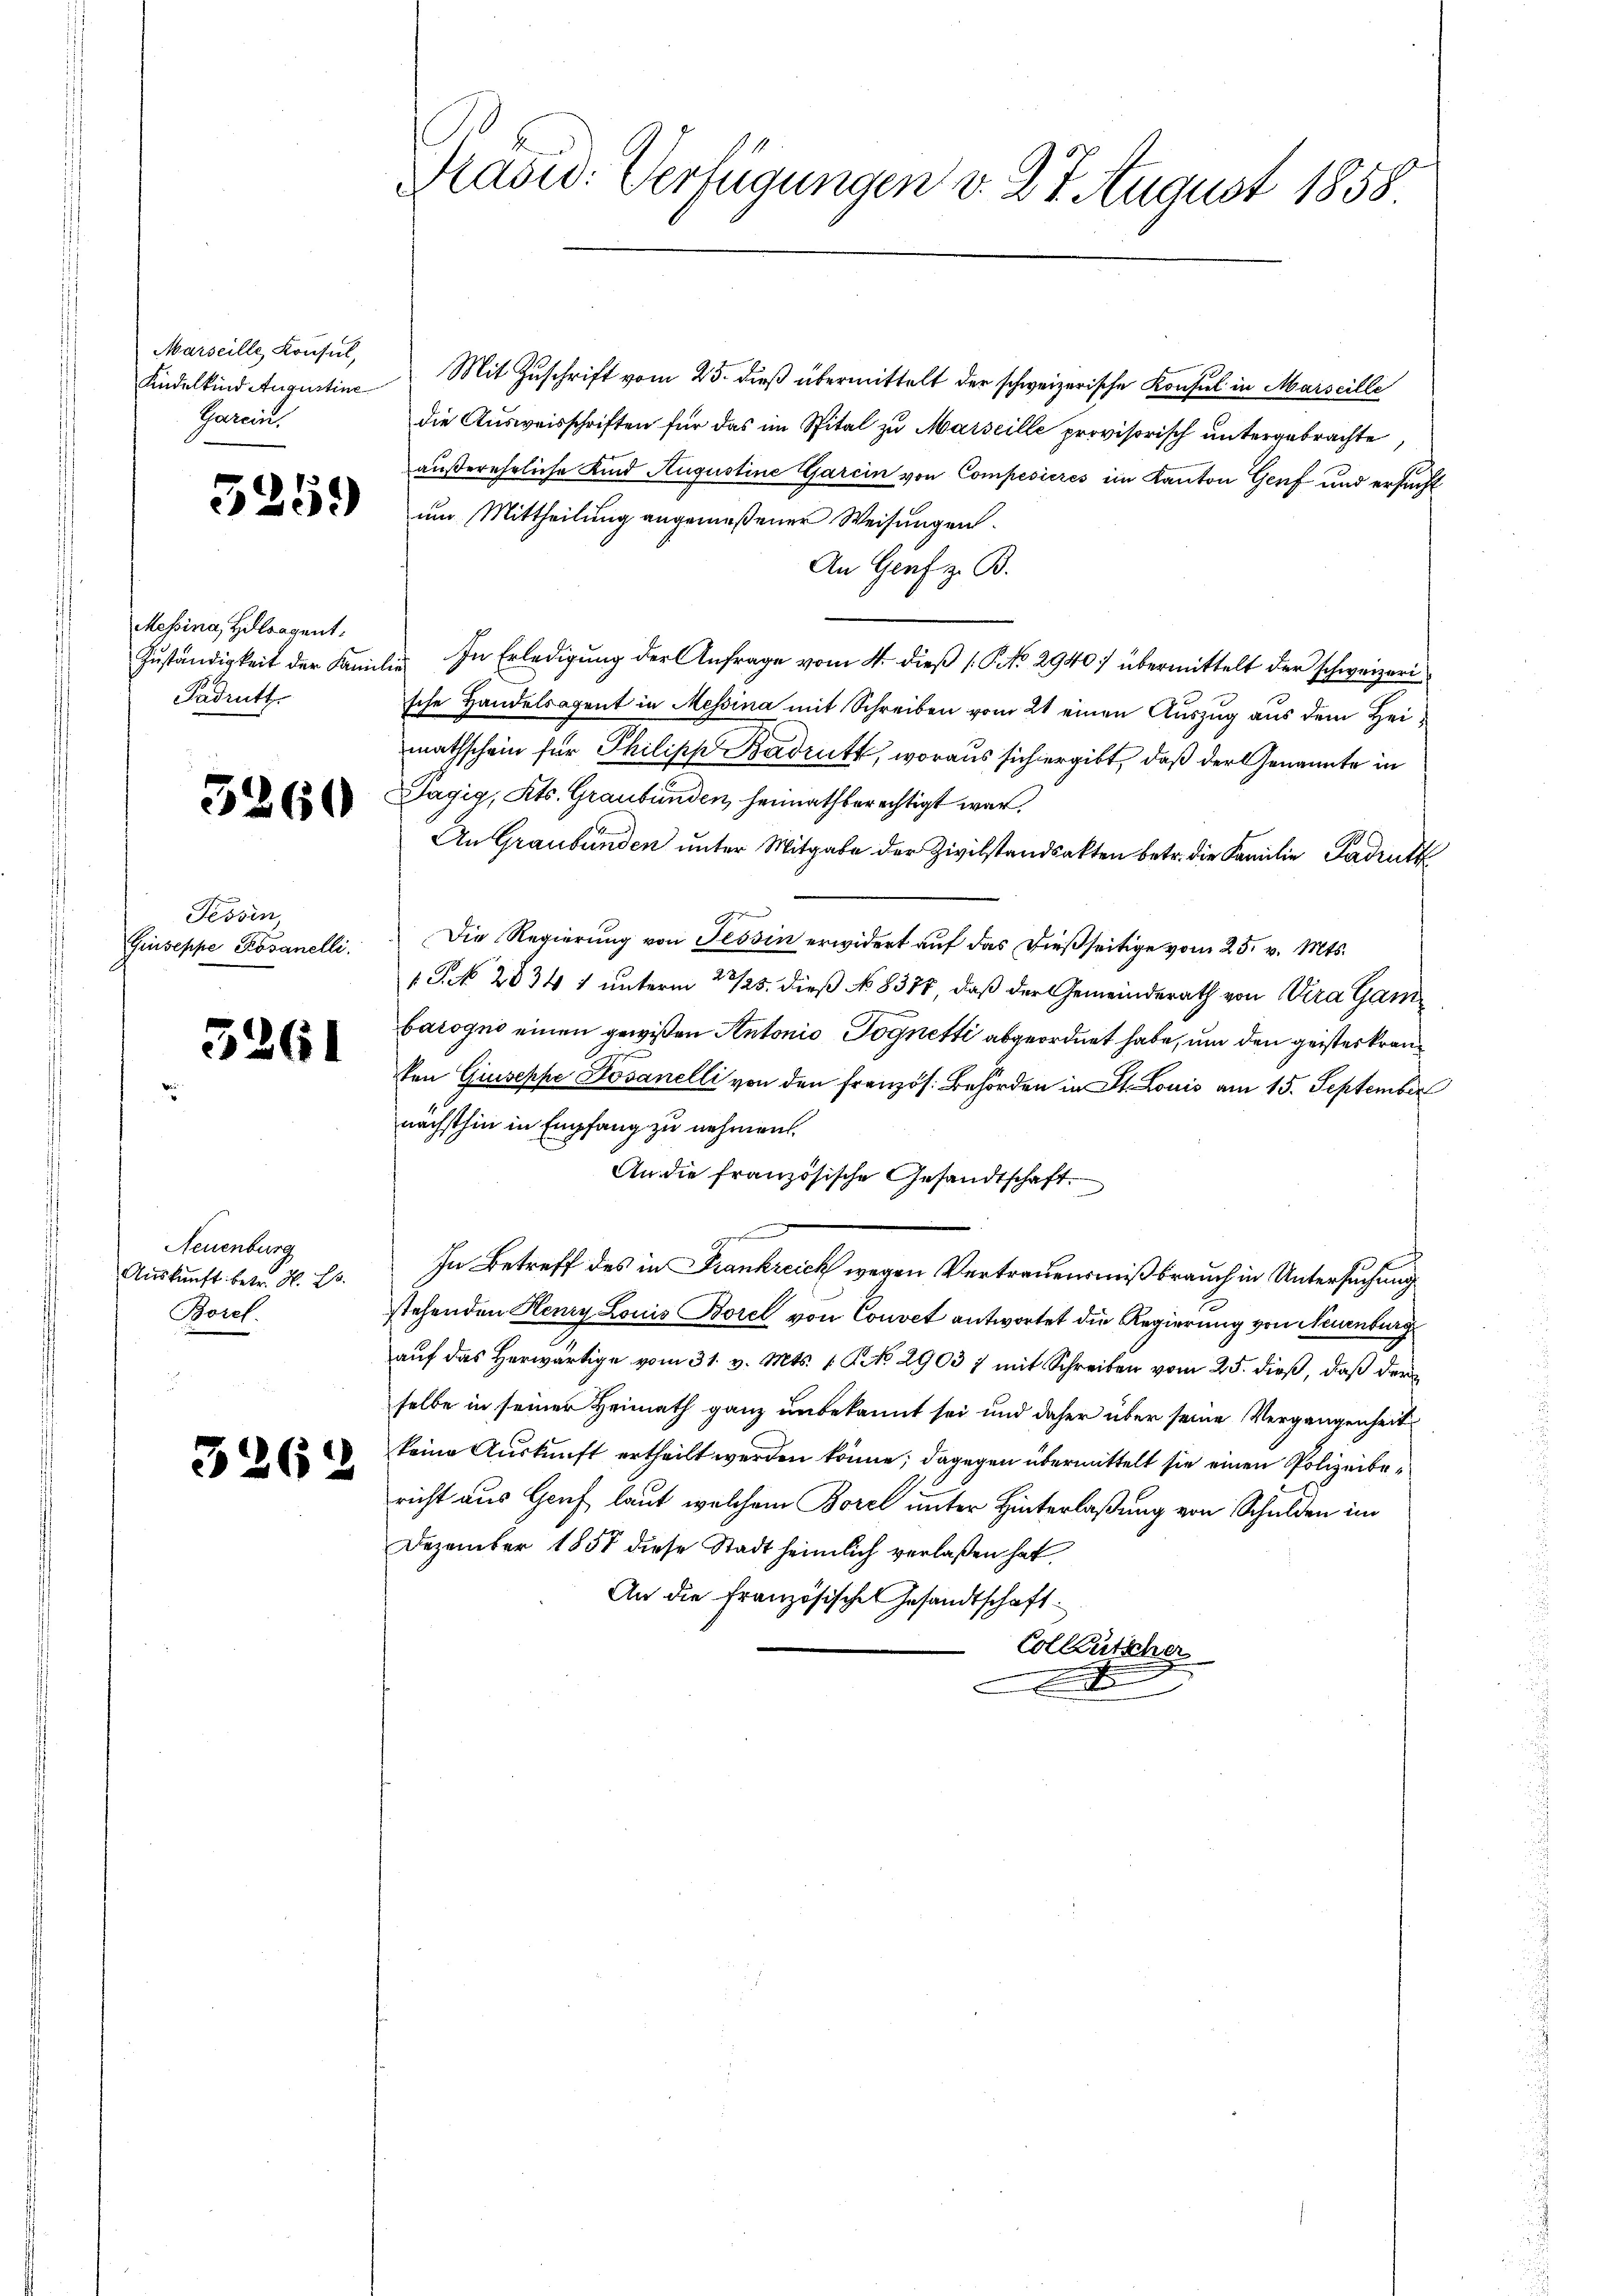
Marseille Konsul,
Kindelkind Augustine
Garein.

5259

Messina, Hollragent.
Fadrutt

5260

Tessin
Giuseppe Rosanelli

5261

Neuenburg
Auskunft betr. H. E.
Boref.

3262

Präsid. Verfügungen v. 27 August 1858

Mit Zuschrift vom 25. dieß übermittelt der schweizerische Konsul in Marseille
die Ausweisschriften für das im Spital zu Marseille provisorisch untergebrachte,
außerehrliche Kind Augustine Garein von Compesieres im Kanton Genf und ersucht
um Mittheilung angemeßener Weisungen.
An Genf z. B.
Zŭständigkeit der Familie. In Erledigŭng der Anfrage vom 4. dieβ (: P. No 2940 übermittelt der schweizeri-
sche Handelsagent in Messina mit Schreiben vom 21 einen Auszug aus dem Heimathschein für Philipp Badrutt, woraus sich ergibt, daß der Genannte in
Sagig, Kts. Graubünden heimath berechtigt war.
An Graubünden unter Mitgabe der Zivilstandsakten betr. die Familie Padruck
Die Regierung von Tessin erwidert auf das dießseitige vom 25. v. Mts.
 P. N. 2834 1 unterm 23/25. dieß No 8377, daß der Gemeinderath von Vera Gam
barogni einen gewißen Antonio Pognetti abgeordnet habe, um den geisteskranken Giuseppe Bösanelli von den Französ. Behörden in St. Louis am 15. September
nächsthin in Empfang zu nehmen.
An die französische Gesandtschaft.
In Betreff des in Frankreich wegen Vertrauensmißbrauch in Untersuchung
stehenden Henry Louis Borel von Couvet antwortet die Regierung von Neuenburg
aŭf das herwärtige vom 31. v. Mts. 1. No. 29037 mit Schreiben vom 25. dieß, daß der
selbe in seiner Heimath ganz unbekannt sei und daher über seine Vergangenheit
keine Auskunft ertheilt werden könne; dagegen übermittelt sie einen Polizeibericht aus Gruf laut, welchem Borel unter Hinterlaßung von Schulden im
Dezember 1857 diese Stadt heimlich verlaßen hat.
An die Französisches Gesandtschaft
Colkutscher
d